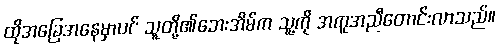
ထိုအခြေအနေမှာပင် သူတို့၏ဘေးအိမ်က သူ့ကို အကူအညီတောင်းလာသည်။